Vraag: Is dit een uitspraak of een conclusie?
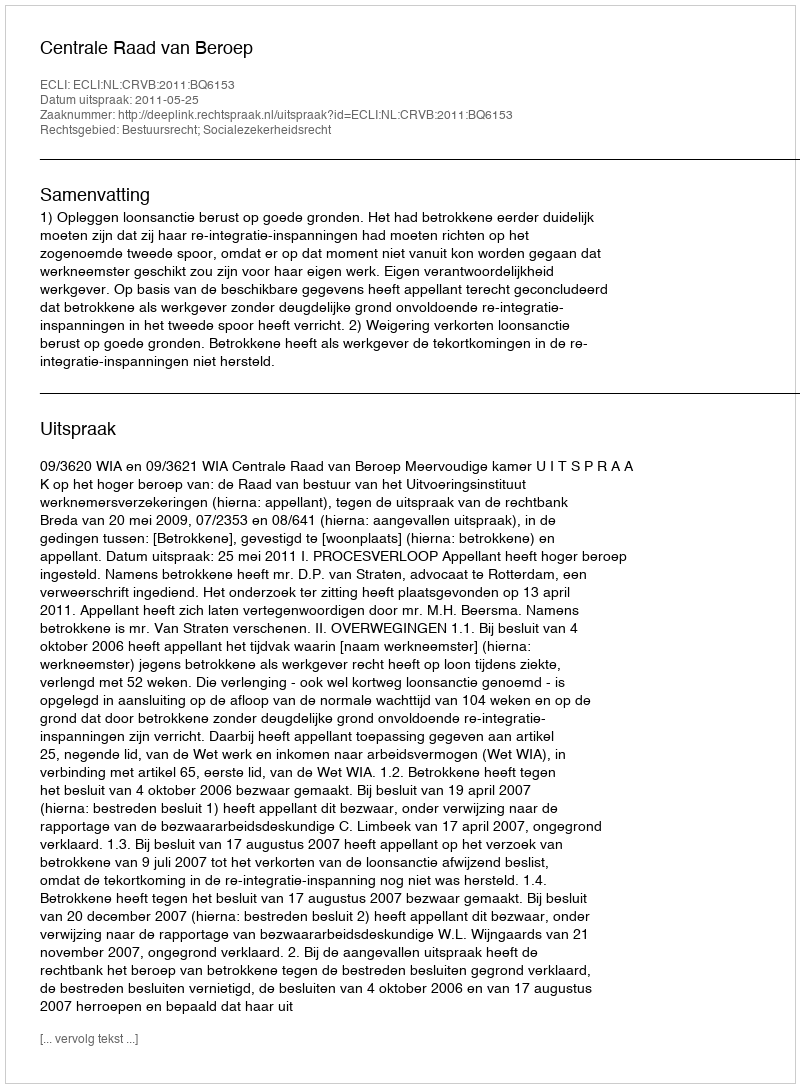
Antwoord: Uitspraak